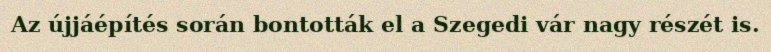
Az újjáépítés során bontották el a Szegedi vár nagy részét is.